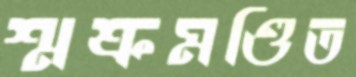
শ্মশ্রুমণ্ডিত